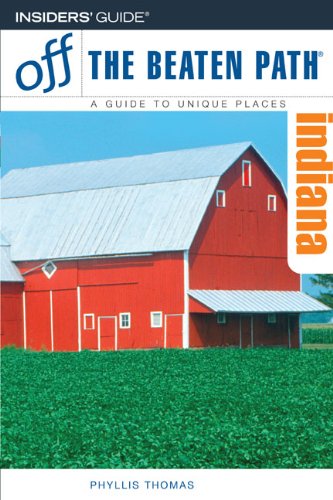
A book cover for Indiana Off the Beaten Path, 9th (Off the Beaten Path Series); Phyllis Thomas; Travel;